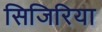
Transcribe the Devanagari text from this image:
सिजिरिया